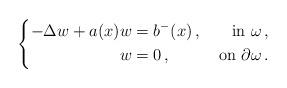
LaTeX: \begin{align*}\left\{\begin{aligned}-\Delta w + a(x)w & = b^-(x)\,, & \textup{ in } \omega\,, \\w & = 0\,, & \textup{ on } \partial \omega\,. \end{aligned}\right.\end{align*}